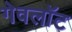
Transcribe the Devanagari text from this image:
गेवलॉट